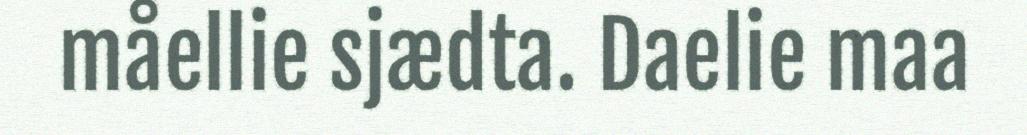
måellie sjædta. Daelie maa